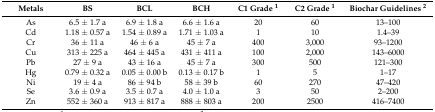
<table><thead><tr><td><b>Metals</b></td><td><b>BS</b></td><td><b>BCL</b></td><td><b>BCH</b></td><td><b>C1 Grade <sup>1</sup></b></td><td><b>C2 Grade <sup>1</sup></b></td><td><b>Biochar Guidelines <sup>2</sup></b></td></tr></thead><tbody><tr><td>As</td><td>6.5 ± 1.7 a</td><td>6.9 ± 1.8 a</td><td>6.6 ± 1.6 a</td><td>20</td><td>60</td><td>13–100</td></tr><tr><td>Cd</td><td>1.18 ± 0.57 a</td><td>1.54 ± 0.89 a</td><td>1.71 ± 1.03 a</td><td>1</td><td>10</td><td>1.4–39</td></tr><tr><td>Cr</td><td>36 ± 11 a</td><td>46 ± 6 a</td><td>45 ± 7 a</td><td>400</td><td>3,000</td><td>93–1200</td></tr><tr><td>Cu</td><td>313 ± 225 a</td><td>464 ± 445 a</td><td>431 ± 411 a</td><td>100</td><td>2,000</td><td>143–6000</td></tr><tr><td>Pb</td><td>27 ± 9 a</td><td>43 ± 16 a</td><td>45 ± 7 a</td><td>300</td><td>500</td><td>121–300</td></tr><tr><td>Hg</td><td>0.79 ± 0.32 a</td><td>0.05 ± 0.00 b</td><td>0.13 ± 0.17 b</td><td>1</td><td>5</td><td>1–17</td></tr><tr><td>Ni</td><td>19 ± 4 a</td><td>86 ± 94 b</td><td>58 ± 39 b</td><td>60</td><td>270</td><td>47–420</td></tr><tr><td>Se</td><td>3.6 ± 0.9 a</td><td>3.5 ± 0.7 a</td><td>4.0 ± 1.0 a</td><td>3</td><td>50</td><td>2–200</td></tr><tr><td>Zn</td><td>552 ± 360 a</td><td>913 ± 817 a</td><td>888 ± 803 a</td><td>200</td><td>2500</td><td>416–7400</td></tr></tbody></table>